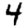
Digit: 4